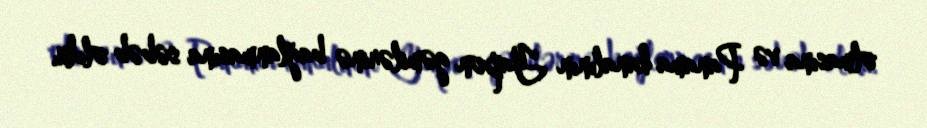
olmasına və Panama kanalının Yapon gəmilərinə bağlanmasına səbəb oldu.